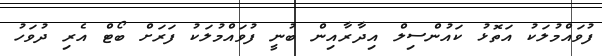
ފުވައްމުލަކު އަތޮޅު ކައުންސިލް އިދާރާއިން ބުނީ ފުވައްމުލަކު ފަރަށް ބޯޓް އެރި ދުވަހު